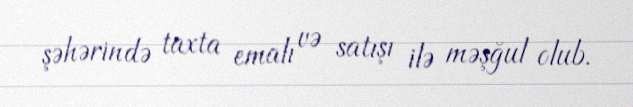
şəhərində taxta emalı və satışı ilə məşğul olub.